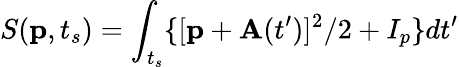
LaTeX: S(\textbf{p},t_{s})=\int_{t_{s}}\{ {[\textbf{p}+\textbf{A}(t^{\prime}})]^{2}/2+I_{p}\} dt^{\prime}